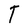
Character: T